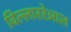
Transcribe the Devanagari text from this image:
विल्लाररेआल